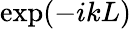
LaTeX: \exp(-ikL)